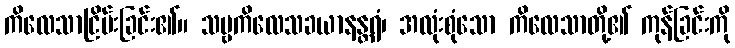
ကိလေသာငြိမ်းခြင်း၏။ သဗ္ဗကိလေသခယာနန္တရံ၊ အလုံးစုံသော ကိလေသာတို့၏ ကုန်ခြင်းကို